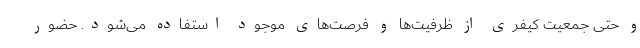
و حتی جمعیت کیفری از ظرفیت‌ها و فرصت‌های موجود استفاده می‌شود. حضور